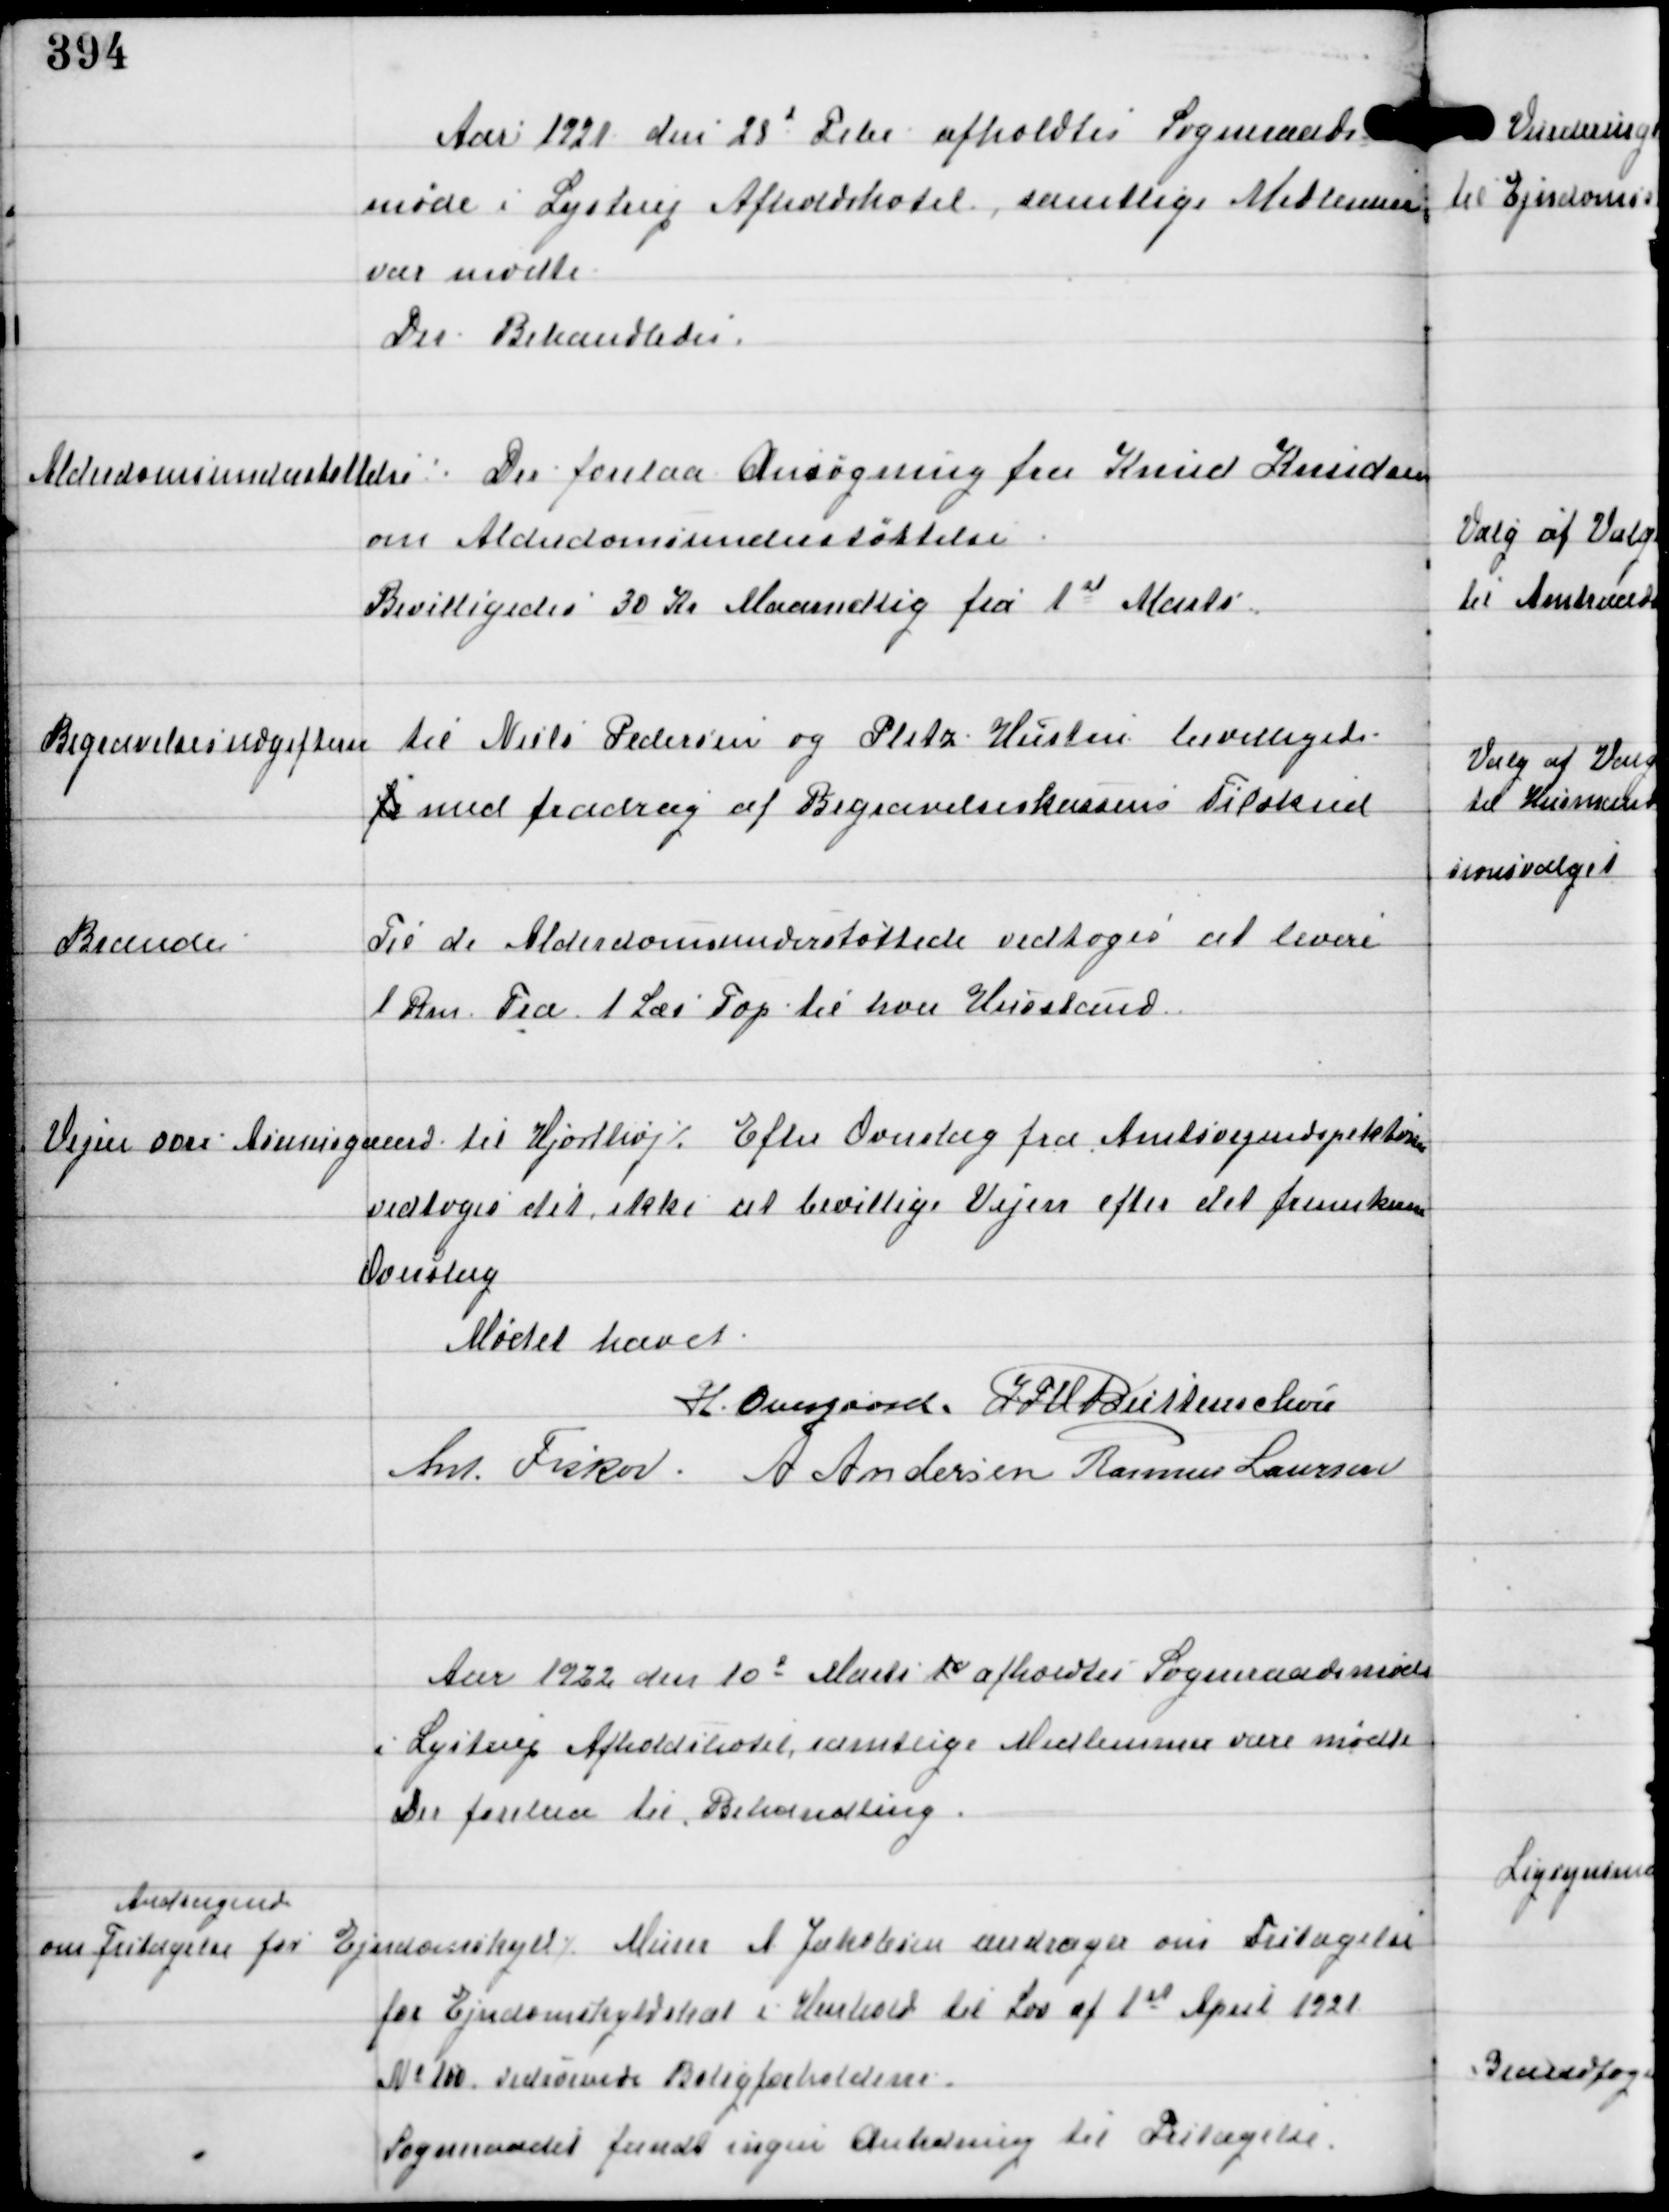
Transskription:
Aar 1921 den 28d Febr afholdtes Sogneraads
møde i Lystrup Afholdshotel, samtlige Medlemmer
var mødte
Der Behandledes.

Alderdomsundrstøttelse

⁒ Der forelaa Ansøgning fra Knud Knudsen
om Alderdomsunderstøttelse
Bevilligedes 30 Kr Maanedlig fra 1st Marts

Begravelsesudgifterne til Niels Pedersen og Pletz Hustru bevilligedes
for med fradrag af Begravelseskassens Tilskud

Brænde

Til de Alderdomsunderstøttede vedtoges at levere
1 Rm Træ 1 Læs Top til hver Husstand

Vejen over Asmusgaard til Hjortshøj ⁒
Efter Overslag fra Amtsvejinspektøren
vedtoges det ikke at bevillige Vejen efter det fremkomne
Overslag

Mødet hævet
H Overgaard. IFV Buttenschøn
Ant. Fisker. A Andersen Rasmus Laursen

Aar 1922 den 10d Marts 10 afholdtes Sogneraadsmøde
i Lystrup Afholdshotel, samtlige Medlemmer vare mødte
Der forelaa til Behandling.

Andragende
om Fritagelse for Ejendomsskyld ⁒
Murer A Jakobsen andrager om Fritagelse
for Ejendomsskyld i Henhold til Lov af 1st April 1921
No 100 vedrørende Boligforholdene.
Sogneraadet fandt ingen Anledning til Fritagelse